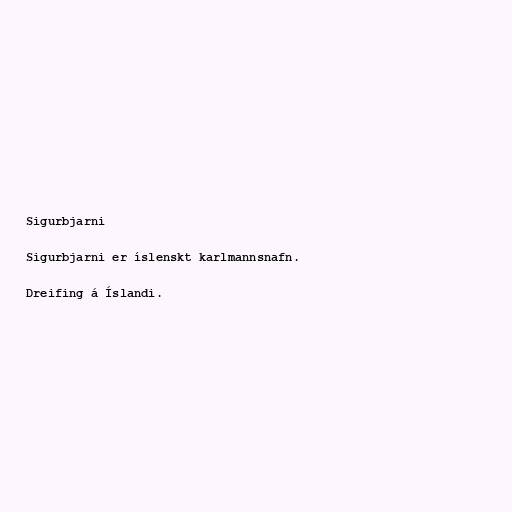
Sigurbjarni

Sigurbjarni er íslenskt karlmannsnafn.

Dreifing á Íslandi.